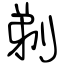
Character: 剃